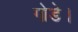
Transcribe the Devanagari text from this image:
गोडे।